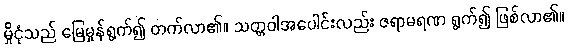
မှိုငုံသည် မြေမှုန်ရွက်၍ တက်လာ၏။ သတ္တဝါအပေါင်းလည်း ဇရာမရဏ ရွက်၍ ဖြစ်လာ၏။